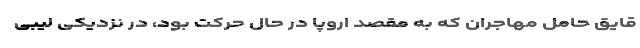
قایق حامل مهاجران که به مقصد اروپا در حال حرکت بود، در نزدیکی لیبی